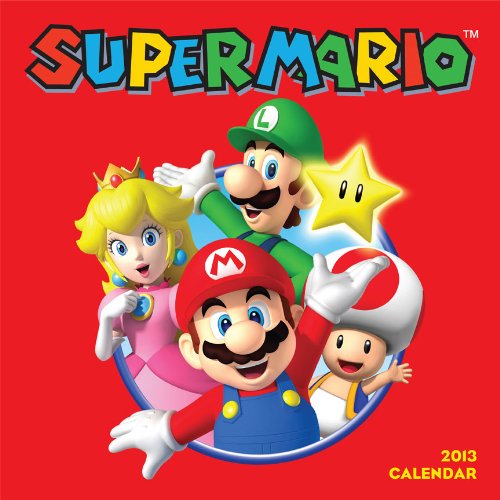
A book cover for Super Mario Brothers 2013 Wall Calendar; Nintendo; Calendars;